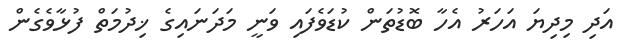
އަދި މިދިޔަ އަހަރު އެހާ ބޮޑުތަން ކުޑަވެފައި ވަނީ މަދަނައިގެ ޚިދުމަތް ފުޅާވެގެން